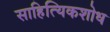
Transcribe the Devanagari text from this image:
साहित्यिकशोध